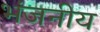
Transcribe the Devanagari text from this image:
भंजनीय